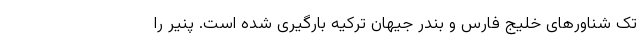
تک شناورهای خلیج فارس و بندر جیهان ترکیه بارگیری شده است. پنیر را